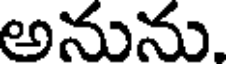
అనును.